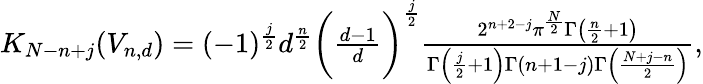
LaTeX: \begin{array}{r}{K_{N-n+j}({V}_{n,d})=(-1)^{\frac{j}{2}}d^{\frac{n}{2}}\biggl(\frac{d-1}{d}\biggr)^{\frac{j}{2}}\frac{2^{n+2-j}\pi^{\frac{N}{2}}\Gamma\left(\frac{n}{2}+1\right)}{\Gamma\left(\frac{j}{2}+1\right)\Gamma(n+1-j)\Gamma\left(\frac{N+j-n}{2}\right)},}\end{array}